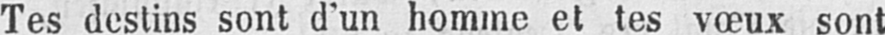
Tes destins sont d’un homme et tes vœux sont